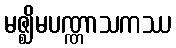
မဇ္ဈိမပဏ္ဏာသကဿ